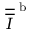
\overline { { \overline { { I } } } } ^ { \textup { b } }